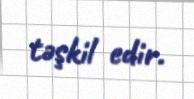
təşkil edir.